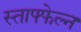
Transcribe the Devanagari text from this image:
स्ताफ्फेल्न